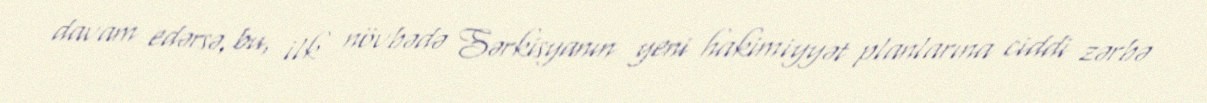
davam edərsə, bu, ilk növbədə Sərkisyanın yeni hakimiyyət planlarına ciddi zərbə